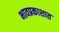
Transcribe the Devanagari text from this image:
भावप्रकाशात